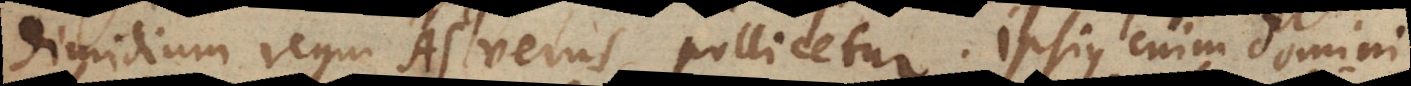
dimidium regni Asverus pollicetur. Ipsius enim Domini